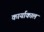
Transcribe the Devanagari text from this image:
कार्याकाल